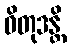
ဝိတုဒန္တိ